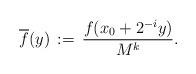
LaTeX: \begin{align*}\overline{f}(y)\,:=\,\frac{f(x_0+2^{-i}y)}{M^k}.\end{align*}